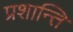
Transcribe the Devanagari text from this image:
प्रशान्ति